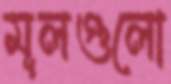
মূলগুলো